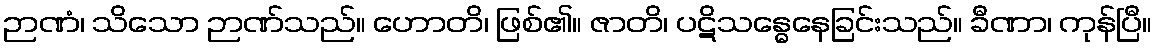
ဉာဏံ၊ သိသော ဉာဏ်သည်။ ဟောတိ၊ ဖြစ်၏။ ဇာတိ၊ ပဋိသန္ဓေနေခြင်းသည်။ ခီဏာ၊ ကုန်ပြီ။